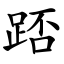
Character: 踎